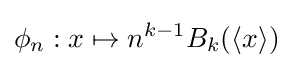
\phi _{n}:x\mapsto n^{k-1}B_{k}(\langle x\rangle )